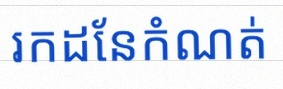
រកដែនកំណត់